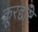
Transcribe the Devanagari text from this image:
क्रूरद्दष्टि